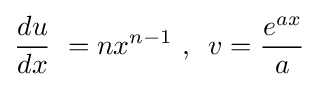
{\frac {du}{dx}}\ =nx^{n-1}{\text{ , }}\ v={\frac {e^{ax}}{a}}\